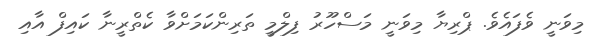
މިވަނީ ވެފައެވެ. ޕްރިޔާ މިވަނީ މަސްހޫރު ފިލްމީ ތަރިންކަމަށްވާ ކެތްރީނާ ކައިފް އާއި